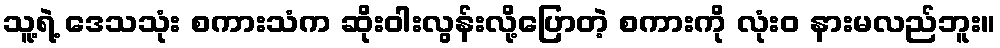
သူ့ရဲ့ ဒေသသုံး စကားသံက ဆိုးဝါးလွန်းလို့ပြောတဲ့ စကားကို လုံးဝ နားမလည်ဘူး။